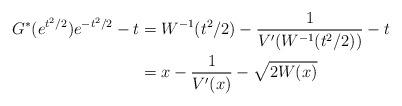
LaTeX: \begin{align*}G^*(e^{t^2/2}) e^{-t^2/2} - t & = W^{-1}(t^2/2) - \frac{1}{V'(W^{-1}(t^2/2))} - t \\& =x - \frac{1}{V'(x)} - \sqrt{2W(x)}\end{align*}